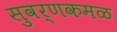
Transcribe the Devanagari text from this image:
सुवर्णकमळ